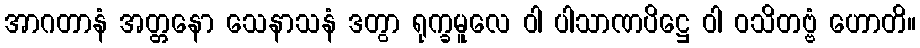
အာဂတာနံ အတ္တနော သေနာသနံ ဒတွာ ရုက္ခမူလေ ဝါ ပါသာဏပိဋ္ဌေ ဝါ ဝသိတဗ္ဗံ ဟောတိ။